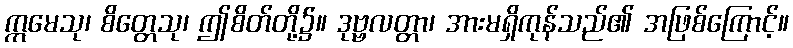
ဣမေသု၊ စိတ္တေသု၊ ဤစိတ်တို့၌။ ဒုဗ္ဗလတ္တာ၊ အားမရှိကုန်သည်၏ အဖြစ်ကြောင့်။